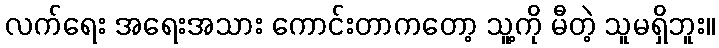
လက်ရေး အရေးအသား ကောင်းတာကတော့ သူ့ကို မီတဲ့ သူမရှိဘူး။